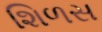
શિળસ